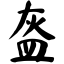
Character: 盔